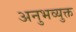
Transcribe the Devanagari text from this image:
अनुभव्युक्त